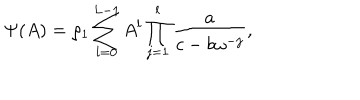
LaTeX: \Psi ( A ) = \rho _ { 1 } \sum _ { l = 0 } ^ { L - 1 } A ^ { l } \prod _ { j = 1 } ^ { l } \frac { a } { c - b \omega ^ { - j } } , ~ ~ ~